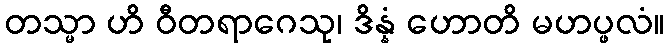
တသ္မာ ဟိ ဝီတရာဂေသု၊ ဒိန္နံ ဟောတိ မဟပ္ဖလံ။